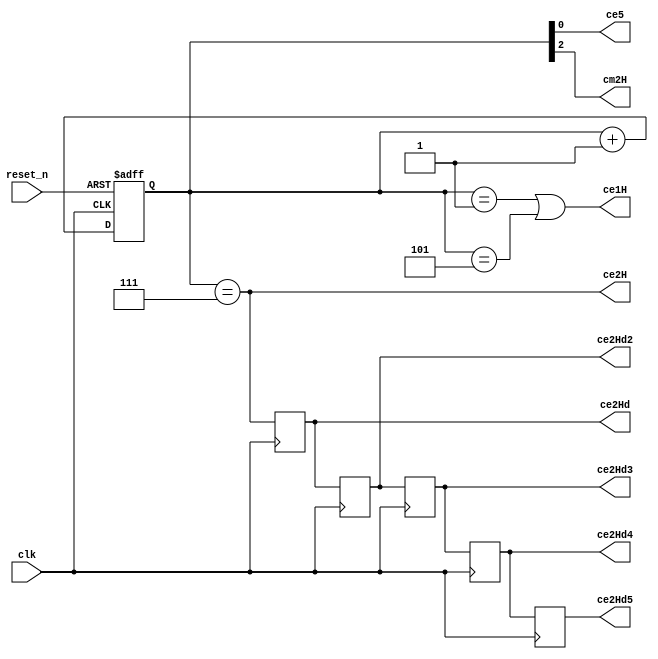
module Clock
(
   input clk,
   input reset_n,
   
   output ce5,
   output ce1H,
   output ce2H, cm2H,
   
   output reg ce2Hd, ce2Hd2, ce2Hd3, ce2Hd4, ce2Hd5

);

// Instead of dividing clocks down, we do a synchronous design on 10MHz rising edge clock with clock-enable bits.
// Better suited for FPGA and timing analysis. Clock lines only go to clock inputs.


reg [2:0] count;
always @(posedge clk or negedge reset_n)           // ic9L (sort of)
begin
   if (~reset_n)
     count <= #1 3'b000;
   else 
      count <= #1 count + 3'b001;
end

assign ce5 = count[0];                      // Clock Enable 5MHz
assign ce1H = count == 1 || count == 5;     // Clock Enable 2.5MHz or 1H
assign ce2H = count == 7;                   // Clock Enable 1.25MHz or 2H
assign cm2H = count[2];                    // Clock Mask 1.25MHz or 2H

always @(posedge clk) 
begin 
   ce2Hd <= #1 ce2H;            // delay ce2H with one clock
   ce2Hd2 <= #1 ce2Hd;           // two
   ce2Hd3 <= #1 ce2Hd2;          // tree
   ce2Hd4 <= #1 ce2Hd3;          // four
   ce2Hd5 <= #1 ce2Hd4;          // five
end


endmodule